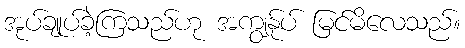
အုပ်ချုပ်ခဲ့ကြသည်ဟု အကျွန်ုပ် မြင်မိလေသည်။